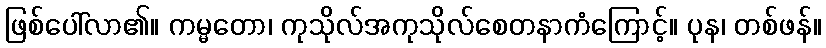
ဖြစ်ပေါ်လာ၏။ ကမ္မတော၊ ကုသိုလ်အကုသိုလ်စေတနာကံကြောင့်။ ပုန၊ တစ်ဖန်။